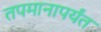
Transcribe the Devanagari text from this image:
तपमानापर्यंत